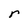
Character: r